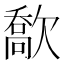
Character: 𣤙